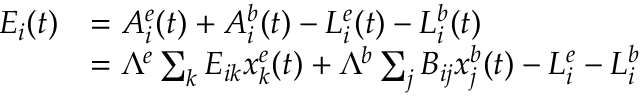
\begin{array} { r l } { E _ { i } ( t ) } & { = A _ { i } ^ { e } ( t ) + A _ { i } ^ { b } ( t ) - L _ { i } ^ { e } ( t ) - L _ { i } ^ { b } ( t ) } \\ & { = { \Lambda } ^ { e } \sum _ { k } E _ { i k } x _ { k } ^ { e } ( t ) + { \Lambda } ^ { b } \sum _ { j } B _ { i j } x _ { j } ^ { b } ( t ) - L _ { i } ^ { e } - L _ { i } ^ { b } } \end{array}